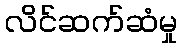
လိင်ဆက်ဆံမှု